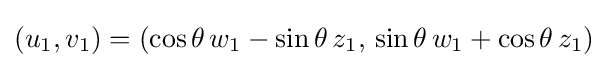
(u_{1},v_{1})=(\cos \theta \,w_{1}-\sin \theta \,z_{1},\,\sin \theta \,w_{1}+\cos \theta \,z_{1})\,\!